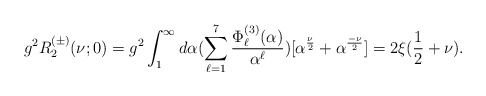
\begin{align*}g^2R^{(\pm)}_2(\nu;0)=g^2\int_{1}^{\infty}d\alpha(\sum_{\ell=1}^{7}\frac{\Phi_{\ell}^{(3)}(\alpha)}{\alpha^{\ell}})[\alpha^{\frac{\nu}{2}}+\alpha^{\frac{-\nu}{2}}]=2\xi(\frac{1}{2}+\nu).\end{align*}